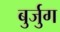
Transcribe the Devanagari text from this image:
बुर्जुग